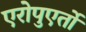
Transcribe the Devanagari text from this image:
एरोपुएर्तो